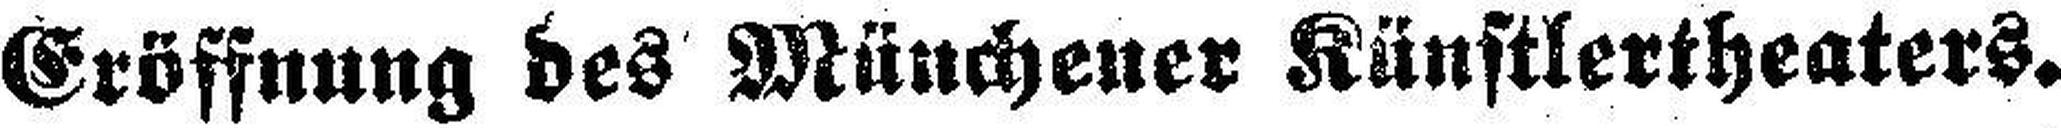
Eröffnung des Münchener Künstlertheaters.